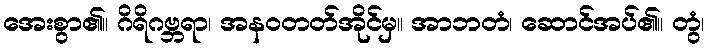
အေးစွာ၏။ ဂိရိဂဗ္ဘရာ၊ အနဝတတ်အိုင်မှ။ အာဘတံ၊ ဆောင်အပ်၏။ တွံ၊